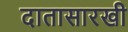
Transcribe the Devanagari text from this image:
दातासारखी